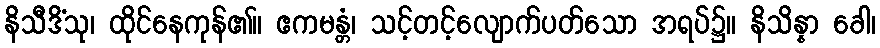
နိသီဒိံသု၊ ထိုင်နေကုန်၏။ ဧကမန္တံ၊ သင့်တင့်လျောက်ပတ်သော အရပ်၌။ နိသိန္နာ ခေါ၊